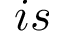
i s